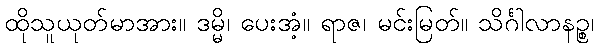
ထိုသူယုတ်မာအား။ ဒမ္မိ၊ ပေးအံ့။ ရာဇ၊ မင်းမြတ်။ သိင်္ဂါလာနဉ္စ၊